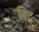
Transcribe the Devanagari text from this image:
बिद्